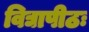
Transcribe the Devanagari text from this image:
विद्यापीठः